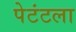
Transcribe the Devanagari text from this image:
पेटंटला